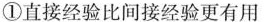
①直接经验比间接经验更有用